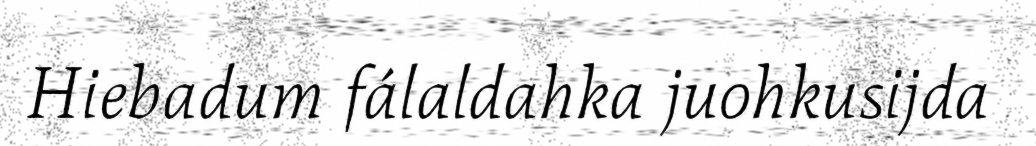
Hiebadum fálaldahka juohkusijda